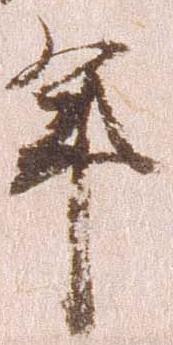
年